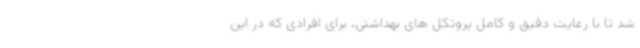
شد تا با رعایت دقیق و کامل پروتکل های بهداشتی، برای افرادی که در این